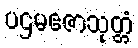
ပဌမဧဇာသုတ္တံ